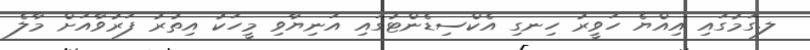
ލ.ގަމުގައި އިއްޔެ ހަވީރު ހިނގި އެކްސިޑެންޓުގައި އަނިޔާވި މީހަކު އިތުރު ފަރުވާއަށް މާލެ